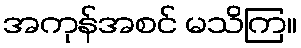
အကုန်အစင် မသိကြ။